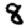
Digit: 8